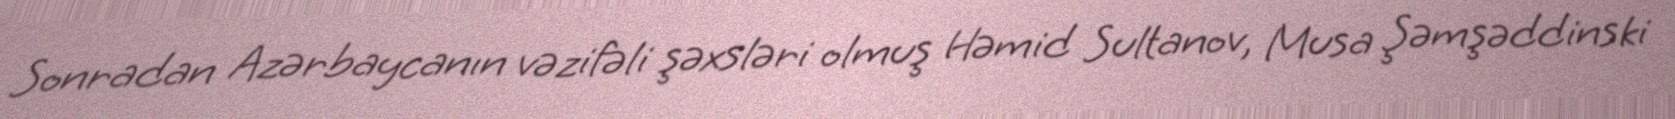
Sonradan Azərbaycanın vəzifəli şəxsləri olmuş Həmid Sultanov, Musa Şəmşəddinski